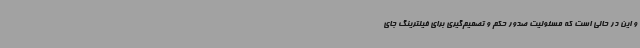
و این در حالی است که مسئولیت صدور حکم و تصمیم‌گیری برای فیلترینگ جای